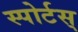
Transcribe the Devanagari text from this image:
स्पोर्टस्‌